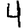
Digit: 4